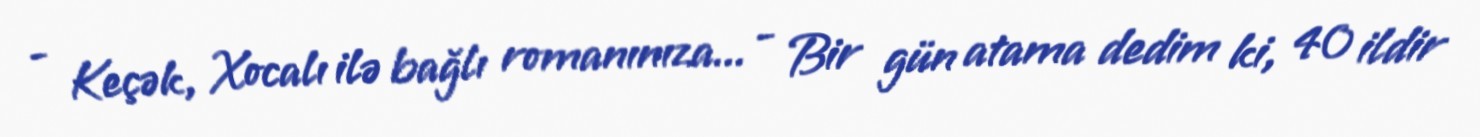
- Keçək, Xocalı ilə bağlı romanınıza... - Bir gün atama dedim ki, 40 ildir